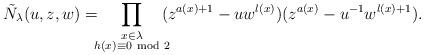
LaTeX: \begin{align*}\tilde{N}_{\lambda}(u,z,w)=\!\!\!\prod_{\substack{x\in\lambda\\h(x)\equiv0\!\!\!\mod 2}}\!\!\!(z^{a(x)+1}-uw^{l(x)})(z^{a(x)}-u^{-1}w^{l(x)+1}).\end{align*}